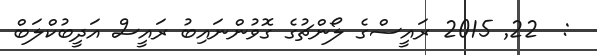
:  22